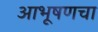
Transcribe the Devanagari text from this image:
आभूषणचा